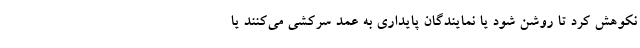
نکوهش کرد تا روشن شود یا نمایندگان پایداری به عمد سرکشی می‌کنند یا